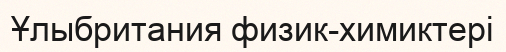
Ұлыбритания физик-химиктері